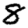
Digit: 8